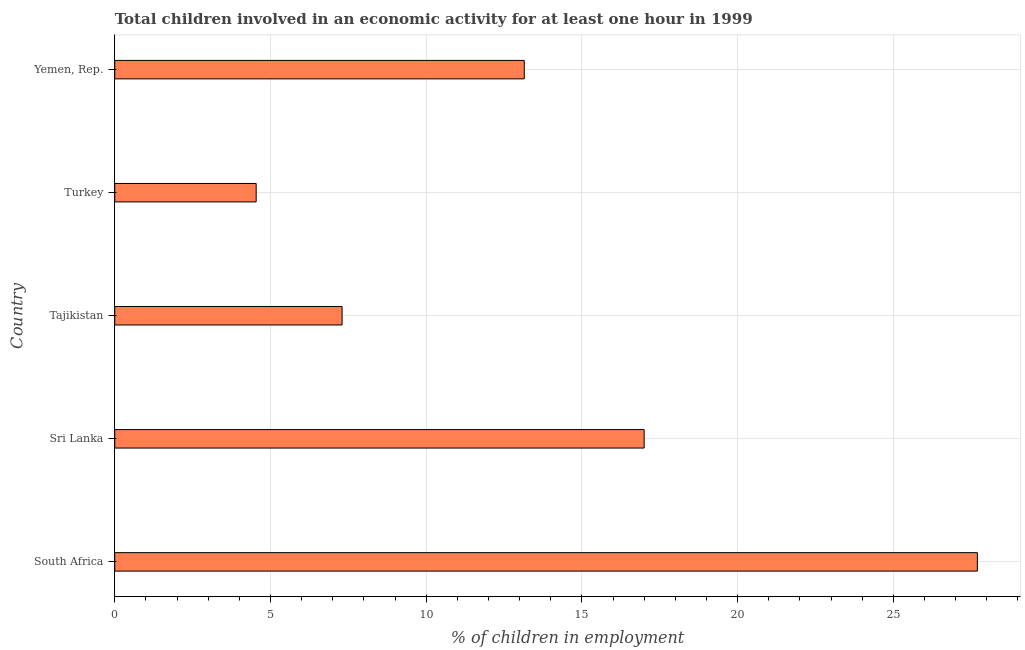
| Country | Children in employment |
 | --- | --- |
 | South Africa | 27.7 |
 | Sri Lanka | 17 |
 | Tajikistan | 7.3 |
 | Turkey | 4.54 |
 | Yemen, Rep. | 13.1 |